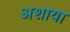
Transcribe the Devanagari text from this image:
अशाया